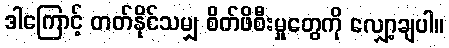
ဒါကြောင့် တတ်နိုင်သမျှ စိတ်ဖိစီးမှုတွေကို လျှော့ချပါ။